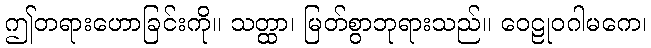
ဤတရားဟောခြင်းကို။ သတ္ထာ၊ မြတ်စွာဘုရားသည်။ ဝေဠုဝဂါမကေ၊